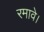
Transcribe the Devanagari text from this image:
रमावे।